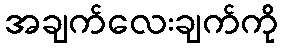
အချက်လေးချက်ကို